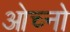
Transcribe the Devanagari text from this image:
ओच्नो